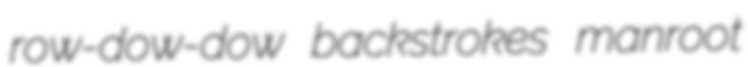
row-dow-dow backstrokes manroot